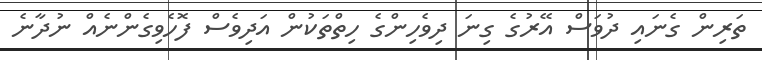
ތަރިން ގެނައި ދުވަސް އޭރުގެ ގިނަ ދިވެހިންގެ ހިތްތަކުން އަދިވެސް ފޮހެވިގެންނެއް ނުދާނެ